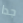
جدا